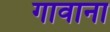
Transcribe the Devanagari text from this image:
गावाना